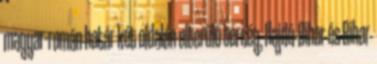
magyar-román határ két oldalán elterülő térség, Hajdú-Bihar és Bihar